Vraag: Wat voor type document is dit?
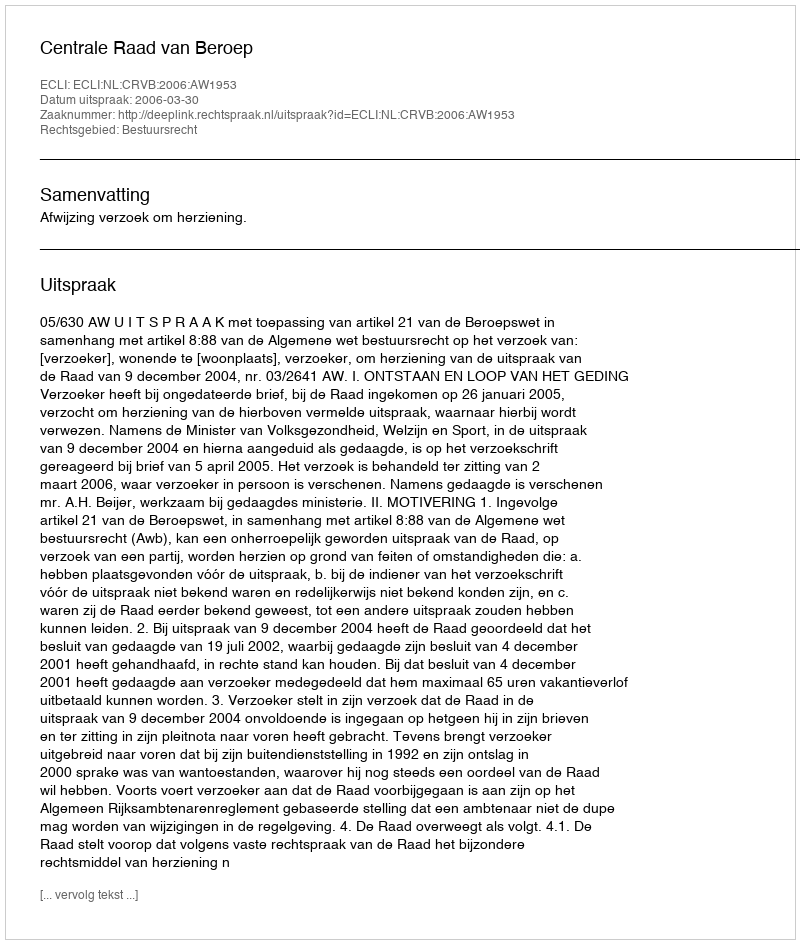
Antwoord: Uitspraak